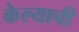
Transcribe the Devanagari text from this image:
केेल्याची